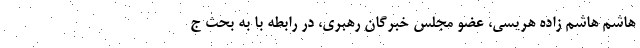
هاشم هاشم زاده هریسی، عضو مجلس خبرگان رهبری، در رابطه با به بحث ج